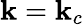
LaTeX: \mathbf{k}=\mathbf{k}_{c}